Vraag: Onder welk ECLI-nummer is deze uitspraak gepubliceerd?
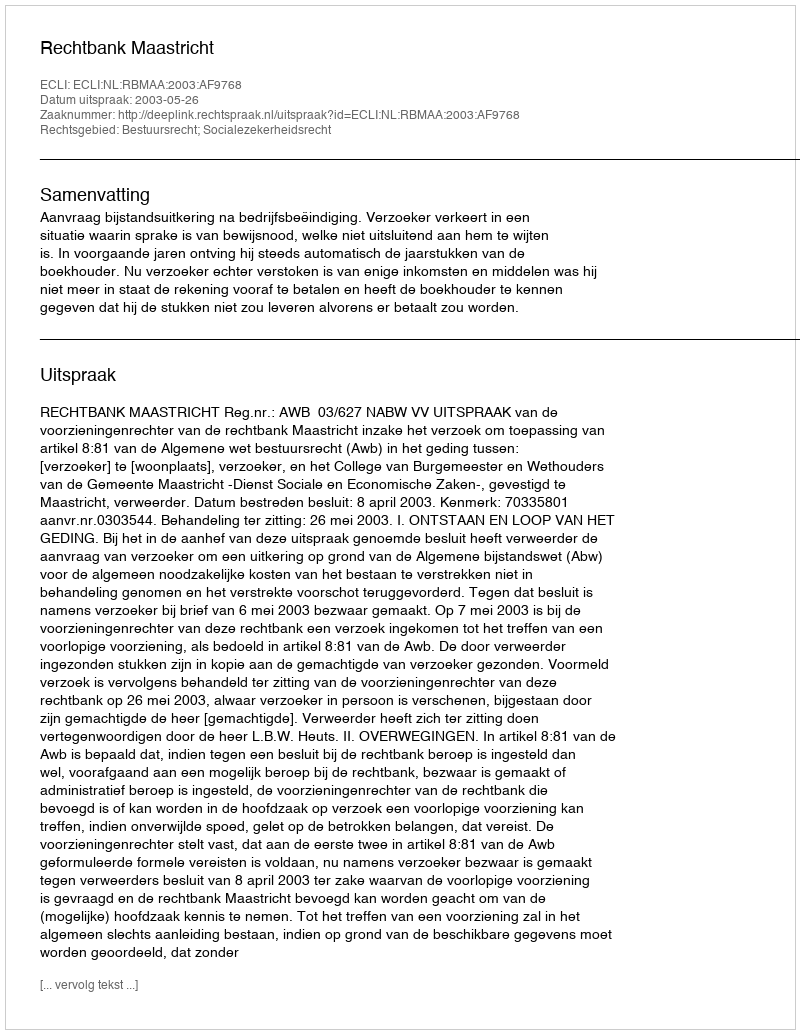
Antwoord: ECLI:NL:RBMAA:2003:AF9768